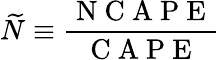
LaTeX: \widetilde{N}\equiv\frac{\mathrm{~N~C~A~P~E~}}{\mathrm{~C~A~P~E~}}